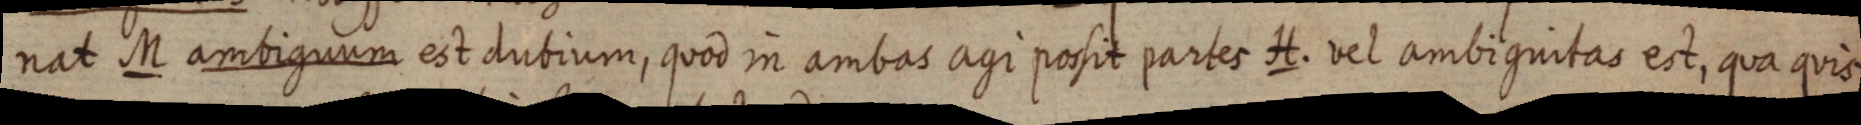
nat M ambiguum est dubium, quod in ambas agi possit partes H. vel ambiguitas est, qua quis